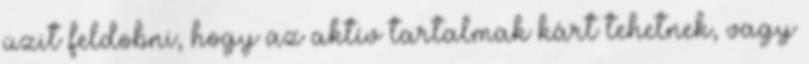
üzit feldobni, hogy az aktív tartalmak kárt tehetnek, vagy